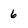
Character: 6